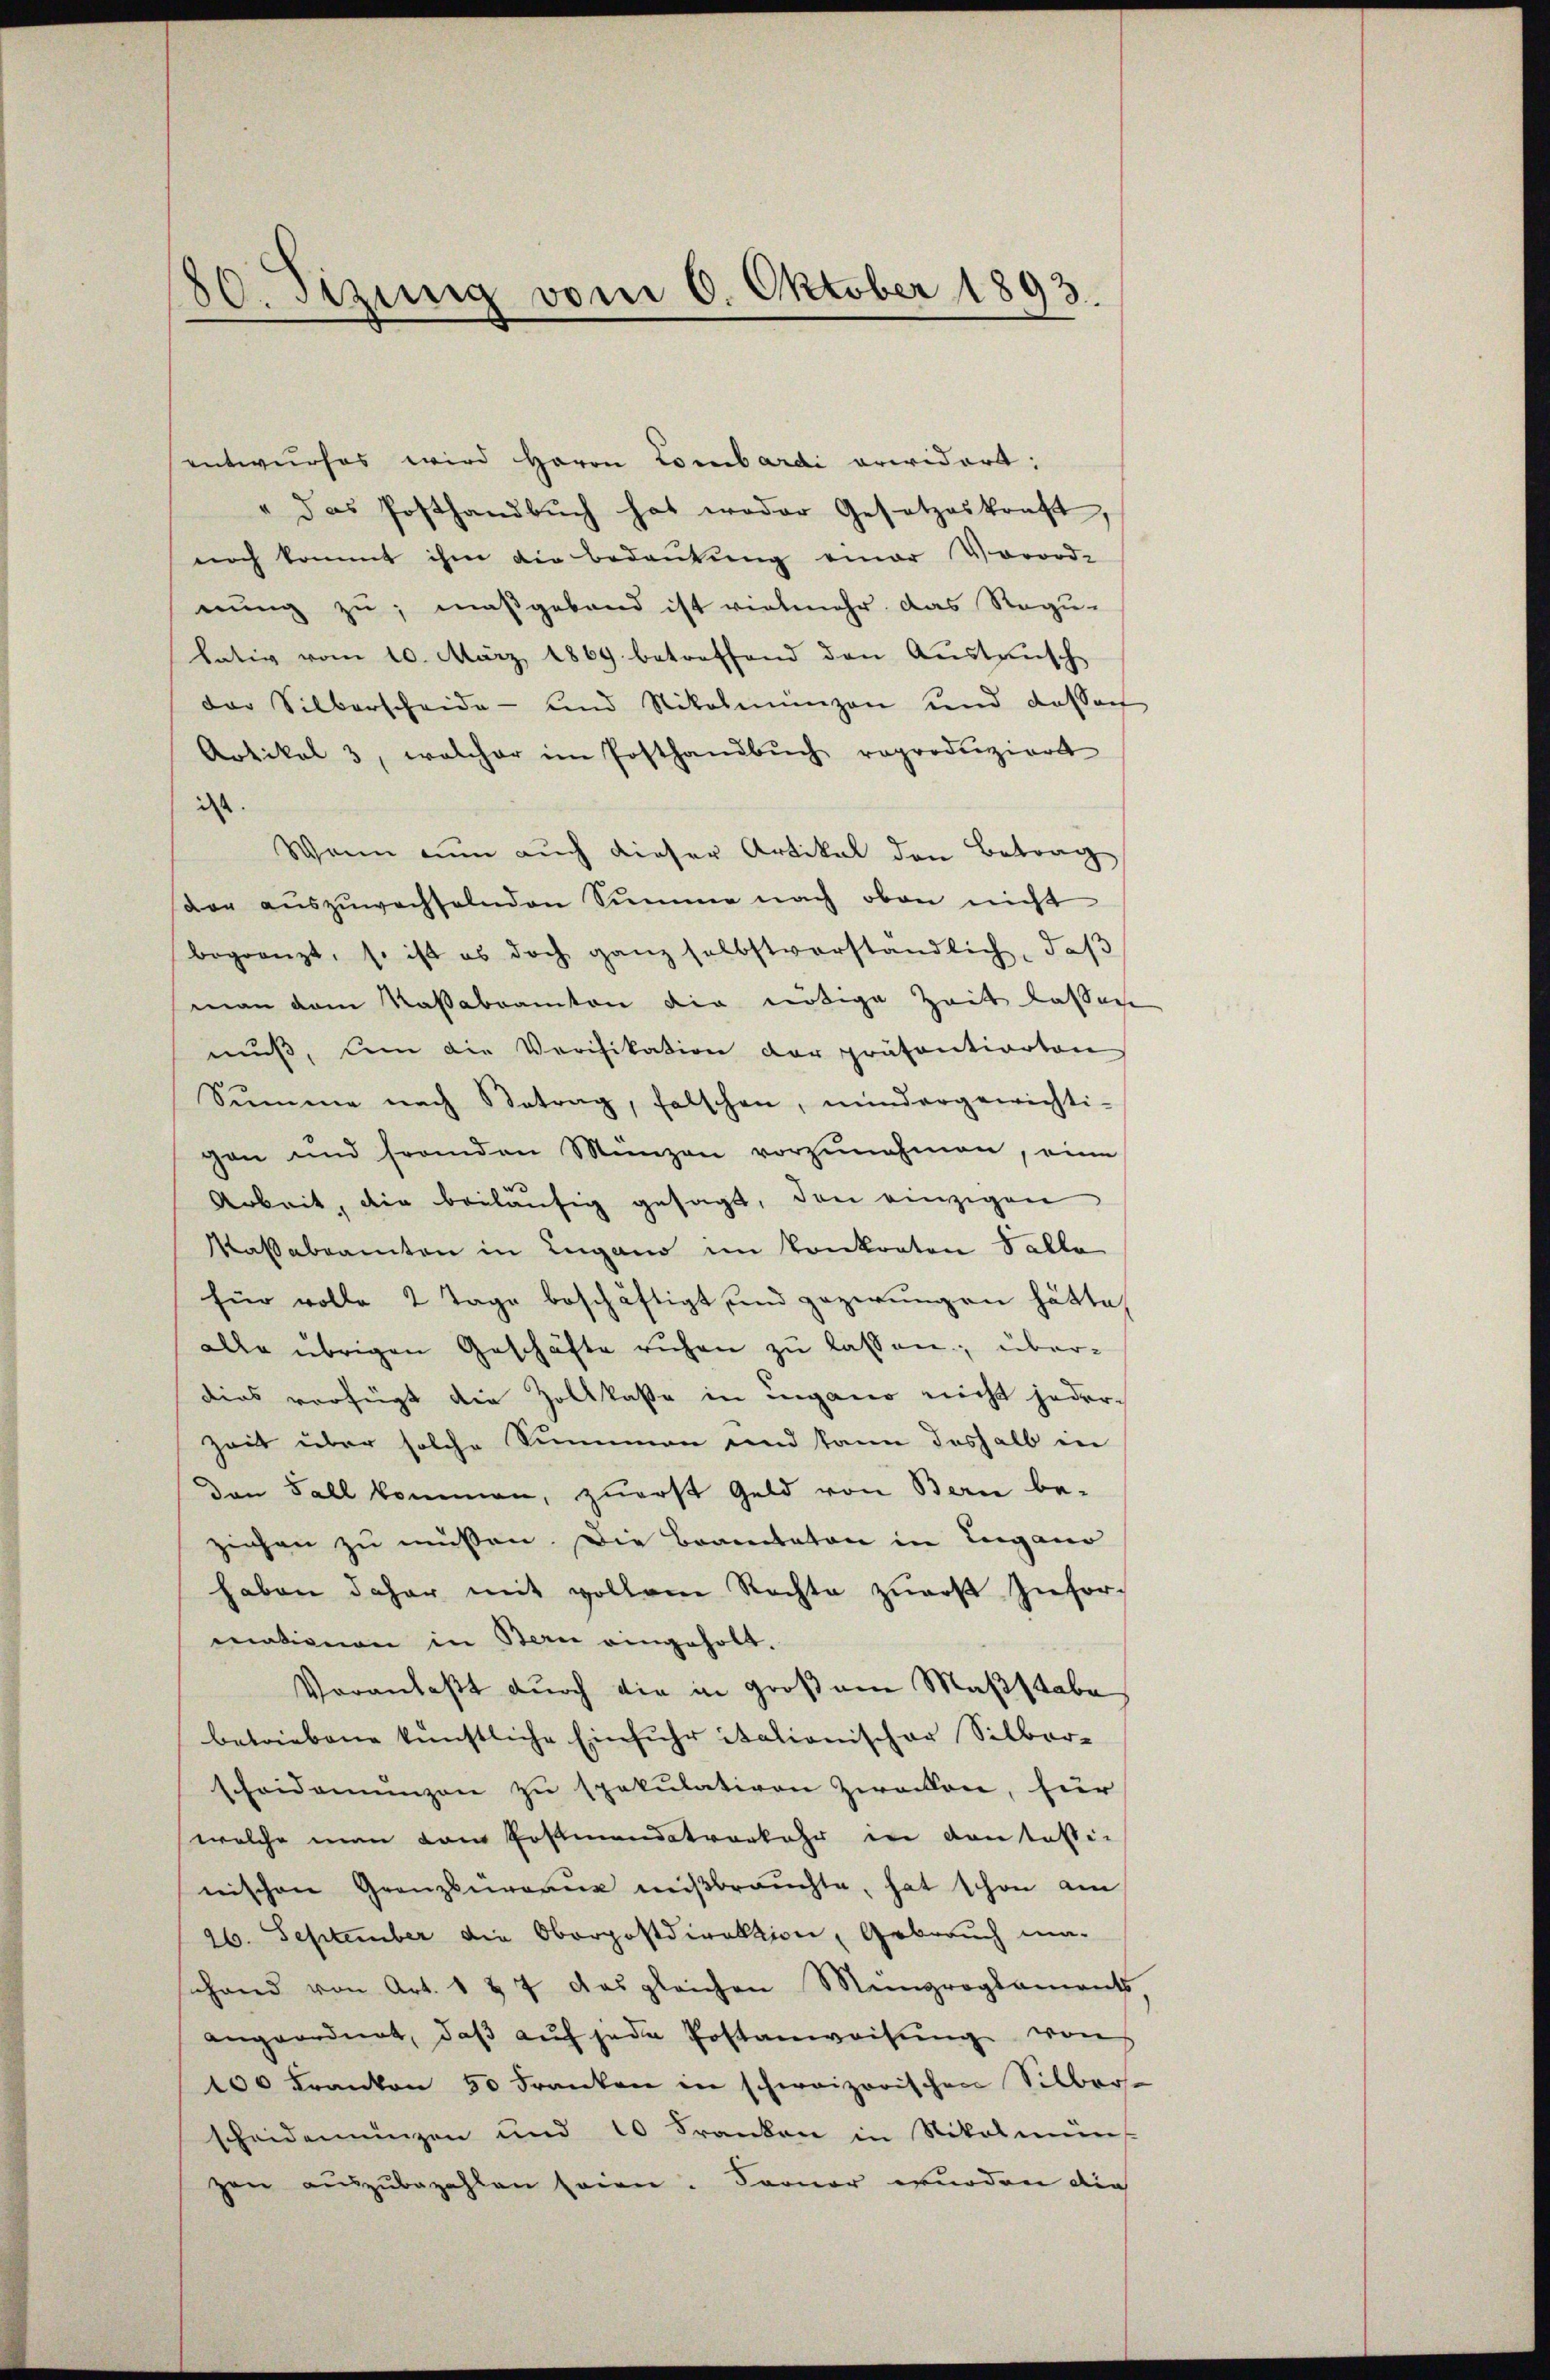
80. Sizung vom 6. Oktober 1893.

entwurfes wird Herrn Lombardi arwidert:
" das Posthandbuch hat weder Gesetzeskraft,
noch kommt ihm die Bedankŭng einer Vorord-
nung zu; maßgeband ist vielmehr das Regu-
lativ vom 10. März 1869 betreffend den Austausch
der Silberscheide - und Nikolemünzen und dassen
Artikal 3, welcher im Posthandbuch reproduziert
da
Wenn nun auch dieser Artikal den Betrag
der aŭszŭwachselnden Summe nach oben nicht
begrenzt, so ist es doch ganz selbstverständlich, daβ
man dem Kassabeamten die nötige Zeit lassen
mŭβ, um die Verifikation der präsentierten
Summe nach Betrag, falschen, mindergewichti-
gen und franden Münzen vorzŭnehmen, eine
Arbeit, die beiläufig gesagt, den einzigen
Kassabeamten in Lugano im konkreten Falle
für volle 2 Tage beschäftigt und gezerungen hätte,
alle übrigen Geschäfte ruhen zu lassen; überdies verfügt die Zollkasse in Ingano nicht jeder.
Zeit über solche Summen und kann deshalb in
den Fall kommen, zuerst Geld von Bern be-
ziehen zu müssen. Die Branitaten in Lugano
haben daher mit vollen Rechte zuerst Infor-
mationen in Bern eingeholt.
Veranlaβt dŭrch die in großem Maβstabe
betriebene künstliche Einfuhr itationischer Silber-
scheidemünzen zŭ spekulativen Zwecken, hier
welche man kam Postmandatverkehr in Cantasti-
nischen Granzbüreaux mißbrauchte, hat schon am
26. September die Oberpostdirektion, Gebrauch manhand von Art. 187 das gleichen Mengrogsaments
angeordnet, daβ aŭf jede Postanweisŭng von
100 Franken 50 Franken in schweizerischen Silber-
scheidenungen und 10 Franken in Nikolmüns
zen aŭszŭbezahlen seien. Ferner wurden die